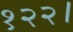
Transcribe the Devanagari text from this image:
१२२।